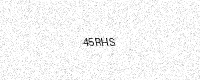
Text: 45RHS